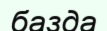
базда